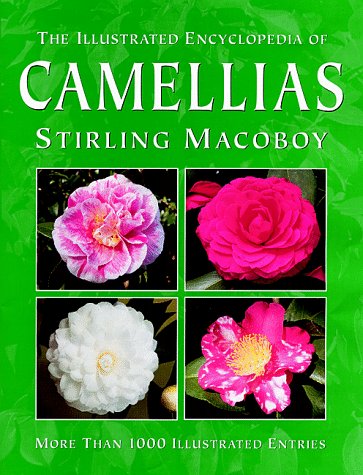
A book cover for The Illustrated Encyclopedia of Camellias; Stirling Macoboy; Crafts, Hobbies & Home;